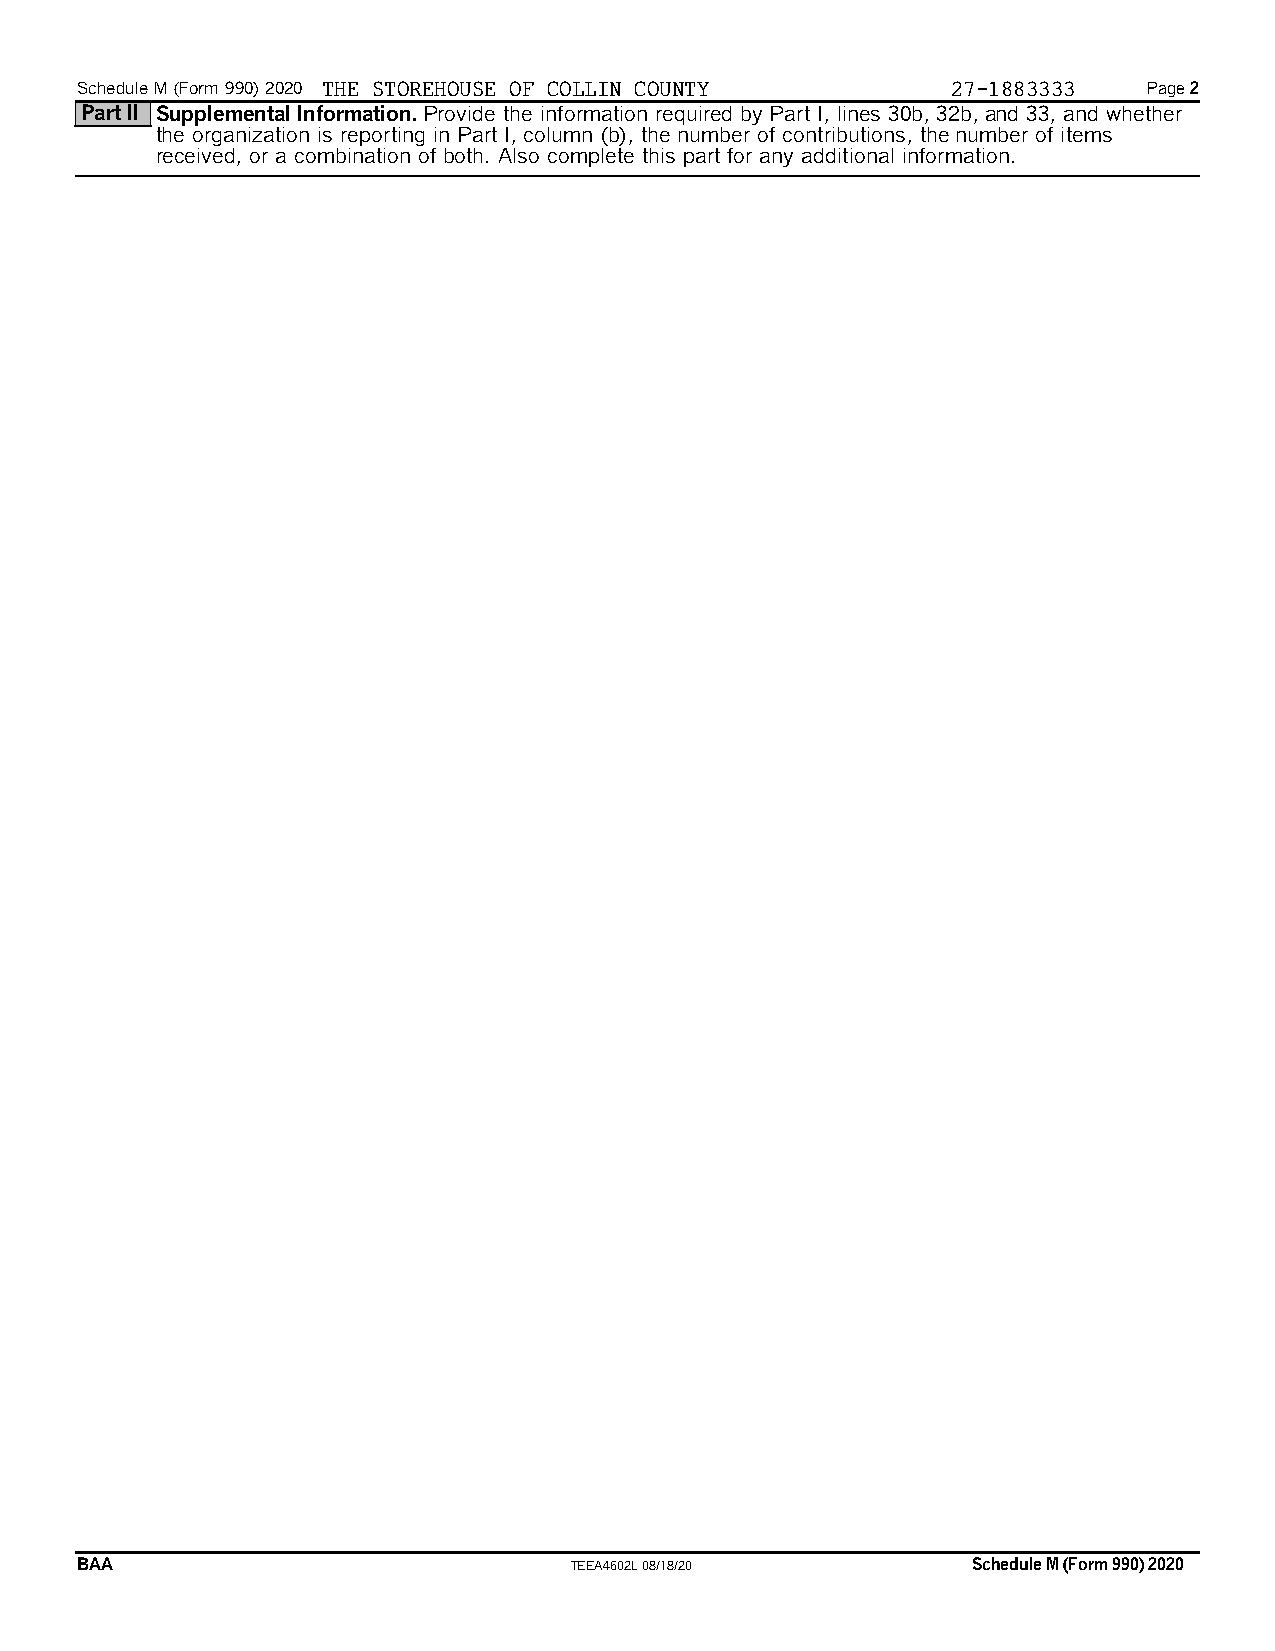
Schedule M (Form 990) 2020 THE STOREHOUSE OF COLLIN COUNTY 27-1883333  Page 2
 Part II Supplemental Information. Provide the information required by Part I, lines 30b, 32b,and 33, and whether
 the organization is reporting in Part I, column (b), the number of contributions, thenumber of items
 received, or a combination of both. Also complete this part for any additional information.
 BAA                              TEEA4602L 08/18/20        Schedule M (Form 990) 2020